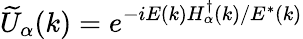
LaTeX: \widetilde{U}_{\alpha}(k)=e^{-iE(k)H_{\alpha}^{\dagger}(k)/E^{*}(k)}